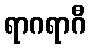
ရာဂရာဂီ